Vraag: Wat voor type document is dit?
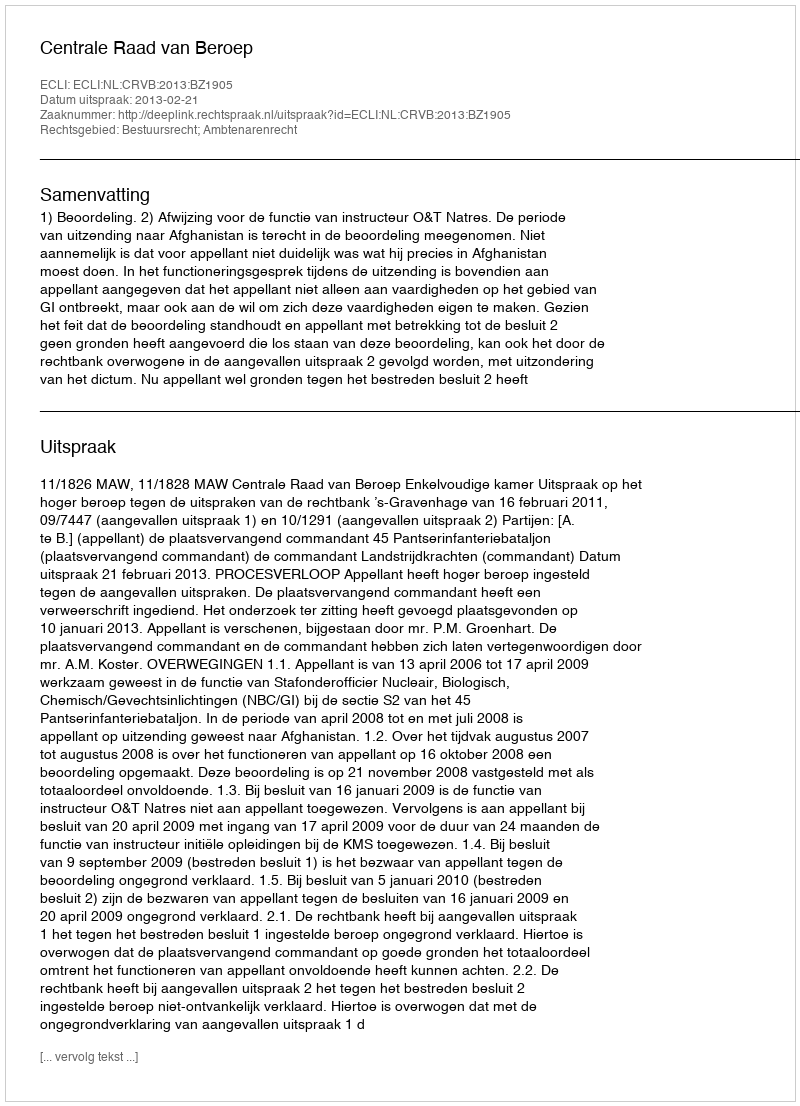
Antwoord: Uitspraak